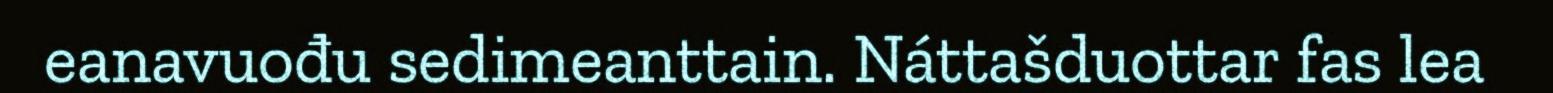
eanavuođu sedimeanttain. Náttašduottar fas lea